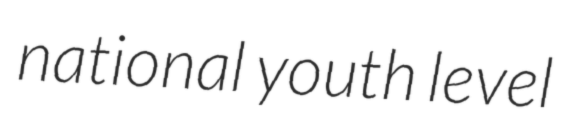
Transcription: national youth level